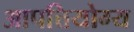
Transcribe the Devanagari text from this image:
आपत्तियोग्य